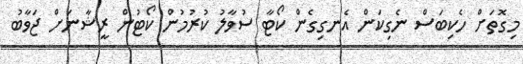
މިގޮތަށް ހެކިބަސް ނެގިކަން އެނގިގެން ކޯޓާ ސުވާލު ކުރުމުން ކޯޓުން ރީޝާނަށް ޖަވާބު